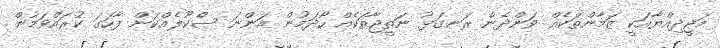
މަޖީދިއްޔާއަކީ ޒަމާންތަކެއް ވަންދެން ރަނގަޅު ނަތީޖާތަކެއް ހޯދަމުން އަންނަ ސްކޫލެއްކަން ފާހަގަ ކުރައްވަމުން